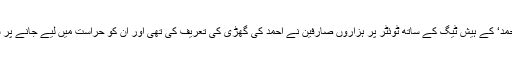
’آئی سٹینڈ وِد احمد‘ کے ہیش ٹیگ کے ساتھ ٹوئٹر پر ہزاروں صارفین نے احمد کی گھڑی کی تعریف کی تھی اور ان کو حراست میں لیے جانے پر سوال اٹھایا تھا۔